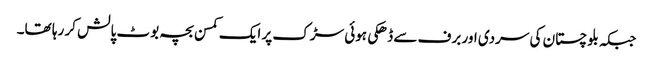
جبکہ بلوچستان کی سردی اور برف سے ڈھکی ہوئی سڑک پر ایک کمسن بچہ بوٹ پالش کر رہا تھا۔